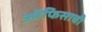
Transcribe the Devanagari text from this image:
ऑफिसाची